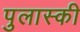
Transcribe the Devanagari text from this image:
पुलास्की